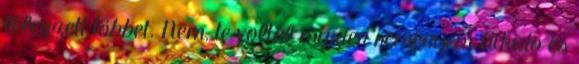
lélegzett többet. Nem, te voltál minden reményem Aikido és